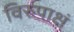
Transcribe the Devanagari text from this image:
विरुपाक्षं